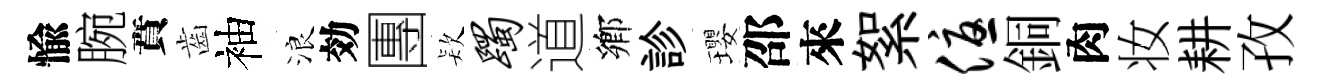
愉腕賁齒袖浪効團𣣇躅道鄕診瓔邵來絮优銅肉妆耕孜